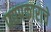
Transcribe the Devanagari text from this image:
पद्यप्रकाराचे